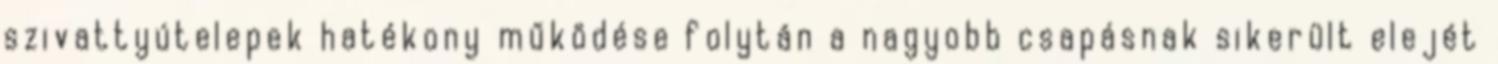
szivattyútelepek hatékony működése folytán a nagyobb csapásnak sikerült elejét